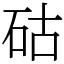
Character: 𥑮